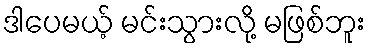
ဒါပေမယ့် မင်းသွားလို့ မဖြစ်ဘူး